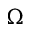
\Omega